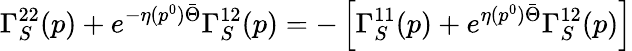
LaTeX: \Gamma_{S}^{22}(p)+e^{-\eta(p^{0})\bar{\Theta}}\Gamma_{S}^{12}(p)=-\left[\Gamma_{S}^{11}(p)+e^{\eta(p^{0})\bar{\Theta}}\Gamma_{S}^{12}(p)\right]